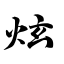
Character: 炫